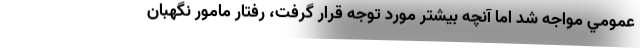
عمومي مواجه شد اما آنچه بيشتر مورد توجه قرار گرفت، رفتار مامور نگهبان